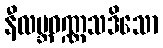
နီလဗ္ဘဝဏ္ဏသဒိသော